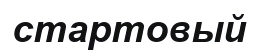
стартовый